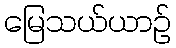
မြေသယ်ယာဉ်